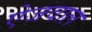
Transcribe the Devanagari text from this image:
ऐजवाल